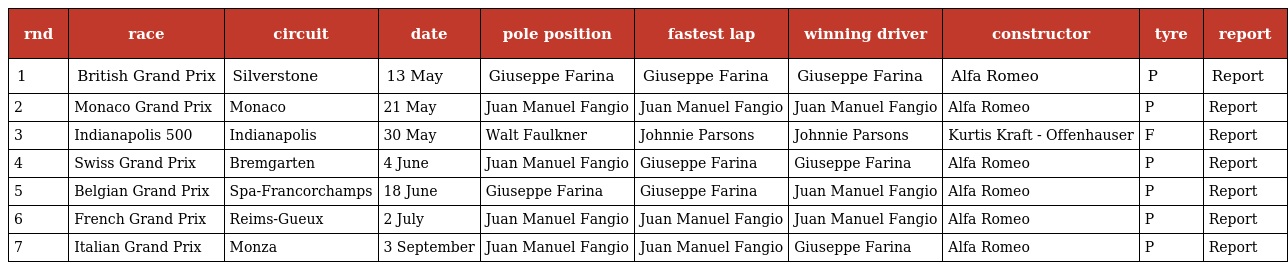
| rnd | race | circuit | date | pole position | fastest lap | winning driver | constructor | tyre | report |
 | --- | --- | --- | --- | --- | --- | --- | --- | --- | --- |
 | 1 | British Grand Prix | Silverstone | 13 May | Giuseppe Farina | Giuseppe Farina | Giuseppe Farina | Alfa Romeo | P | Report |
 | 2 | Monaco Grand Prix | Monaco | 21 May | Juan Manuel Fangio | Juan Manuel Fangio | Juan Manuel Fangio | Alfa Romeo | P | Report |
 | 3 | Indianapolis 500 | Indianapolis | 30 May | Walt Faulkner | Johnnie Parsons | Johnnie Parsons | Kurtis Kraft - Offenhauser | F | Report |
 | 4 | Swiss Grand Prix | Bremgarten | 4 June | Juan Manuel Fangio | Giuseppe Farina | Giuseppe Farina | Alfa Romeo | P | Report |
 | 5 | Belgian Grand Prix | Spa-Francorchamps | 18 June | Giuseppe Farina | Giuseppe Farina | Juan Manuel Fangio | Alfa Romeo | P | Report |
 | 6 | French Grand Prix | Reims-Gueux | 2 July | Juan Manuel Fangio | Juan Manuel Fangio | Juan Manuel Fangio | Alfa Romeo | P | Report |
 | 7 | Italian Grand Prix | Monza | 3 September | Juan Manuel Fangio | Juan Manuel Fangio | Giuseppe Farina | Alfa Romeo | P | Report |